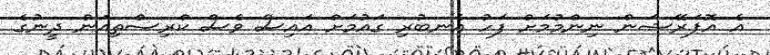
އެ އޮޕަރޭޝަން ނިންމުމަށް ފަހު އެނބުރި ގައުމަށް އައިސް ވެސް ކްރިސްތިއަން ދީނުގެ